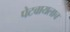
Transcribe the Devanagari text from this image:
पेटवायलाच